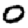
Digit: 0